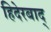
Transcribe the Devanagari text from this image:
हिदेरबाद्